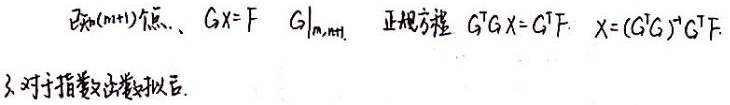
已知$(m + 1)$个点，有$G\mathbf{X}=\mathbf{F}$，其中$\left.G\right|_{m\times (n + 1)}$，正规方程为$G^{T}G\mathbf{X}=G^{T}\mathbf{F}$，则$\mathbf{X}=(G^{T}G)^{-1}G^{T}\mathbf{F}$。

3. 对于指数函数拟合。